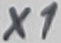
Text: X1